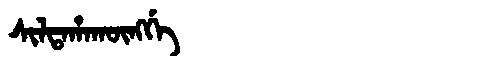
Manchu: ᠰᡳᠯᡨᠠᡥᠠᡴᡡᠩᡤᡝ
Romanization: SILTAHAKŪNGGE